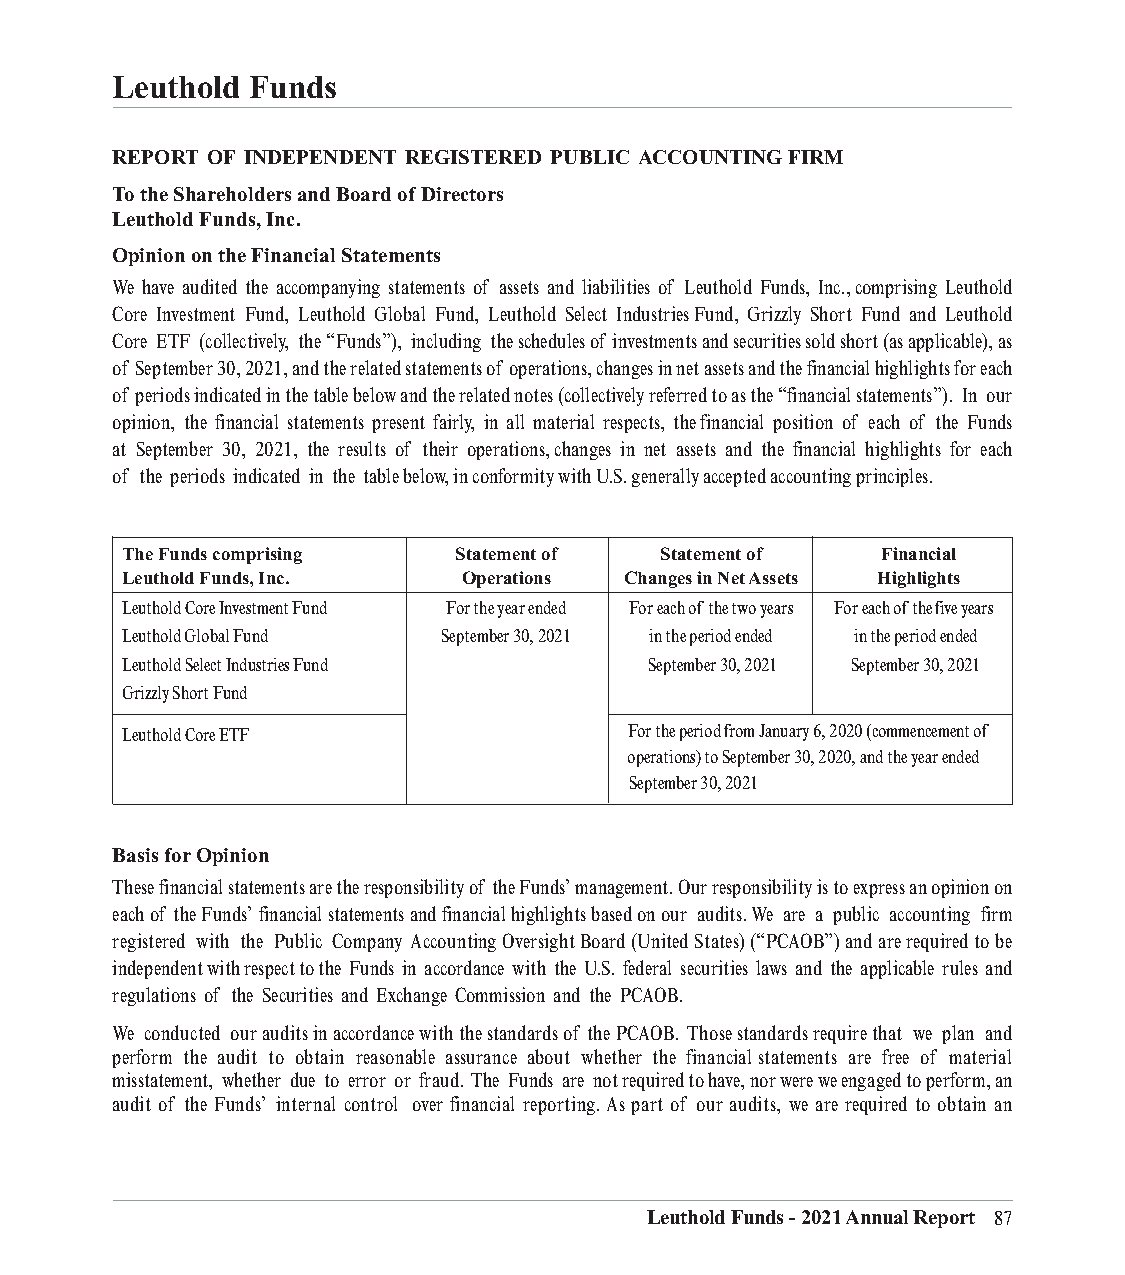
Leuthold Funds
 REPORT OF INDEPENDENT REGISTERED PUBLIC ACCOUNTING FIRM
 To the Shareholders and Board of Directors
 Leuthold Funds, Inc.
 Opinion on the Financial Statements
 We have audited the accompanying statements of assets and liabilities of Leuthold Funds, Inc., comprising Leuthold
 Core Investment Fund, Leuthold Global Fund, Leuthold Select Industries Fund, Grizzly Short Fund and Leuthold
 Core ETF (collectively, the “Funds”), including the schedules of investments and securities sold short (as applicable), as
 of September 30, 2021, and the related statements of operations, changes in net assets and the financial highlights for each
 of periods indicated in the table below and the related notes (collectively referred to as the “financial statements”). In our
 opinion, the financial statements present fairly, in all material respects, the financial position of each of the Funds
 at September 30, 2021, the results of their operations, changes in net assets and the financial highlights for each
 of the periods indicated in the table below, in conformity with U.S. generally accepted accounting principles.
 The Funds comprising  Statement of  Statement of  Financial
 Leuthold Funds, Inc.   Operations Changes in Net Assets Highlights
 Leuthold Core Investment Fund For the year ended For each of the two years For each ofthe five years
 Leuthold Global Fund September 30, 2021 in the period ended in the period ended
 Leuthold Select Industries Fund    September 30, 2021 September 30, 2021
 Grizzly Short Fund
 Leuthold Core ETF                 For the period from January 6, 2020 (commencement of
 operations) to September 30, 2020, and the year ended
 September 30, 2021
 Basis for Opinion
 These financial statements are the responsibility of the Funds’ management. Our responsibility is to express an opinion on
 each of the Funds’ financial statements and financial highlights based on our audits. We are a public accounting firm
 registered with the Public Company Accounting Oversight Board (United States) (“PCAOB”) and are required to be
 independent with respect to the Funds in accordance with the U.S. federal securities laws and the applicable rules and
 regulations of the Securities and Exchange Commission and the PCAOB.
 We conducted our audits in accordance with the standards of the PCAOB. Those standards require that we plan and
 perform the audit to obtain reasonable assurance about whether the financial statements are free of material
 misstatement, whether due to error or fraud. The Funds are not required to have, nor were we engaged to perform, an
 audit of the Funds’ internal control over financial reporting. As part of our audits, we are required to obtain an
 Leuthold Funds - 2021 Annual Report 87